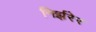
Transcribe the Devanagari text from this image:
निर्झरेर